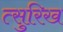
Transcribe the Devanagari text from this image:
त्सुरिख